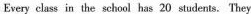
Every class in the school has 20 students. They